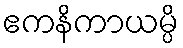
ဧကနိကာယမ္ပိ